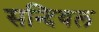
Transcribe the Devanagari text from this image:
सन्दियल